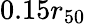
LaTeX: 0.15r_{50}